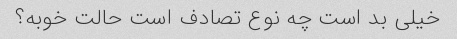
خیلی بد است چه نوع تصادف است حالت خوبه؟